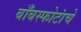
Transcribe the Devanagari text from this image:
बाँबस्फोटांचे